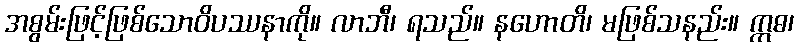
အစွမ်းဖြင့်ဖြစ်သောဝိပဿနာကို။ လာဘီ၊ ရသည်။ နဟောတိ၊ မဖြစ်သနည်း။ ဣဓ၊